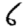
Digit: 6